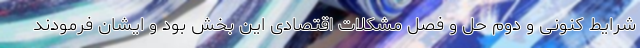
شرایط کنونی و دوم حل و فصل مشکلات اقتصادی این بخش بود و ایشان فرمودند